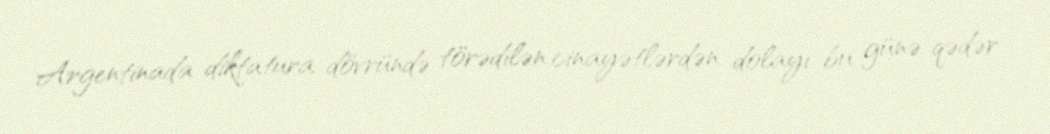
Argentinada diktatura dövründə törədilən cinayətlərdən dolayı bu günə qədər